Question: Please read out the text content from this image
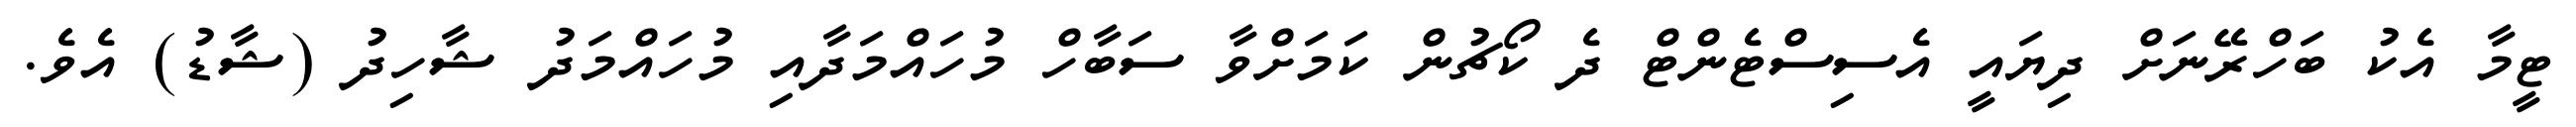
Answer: ޓީމާ އެކު ބަހްރޭނަށް ދިޔައީ އެސިސްޓެންޓް ދެ ކޯޗުން ކަމަށްވާ ސަބާހް މުހައްމަދާއި މުހައްމަދު ޝާހިދު (ޝާޑު) އެވެ.